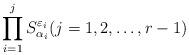
LaTeX: \begin{align*}\prod^{j}_{i=1} S^{\varepsilon_i}_{\alpha_i}(j=1,2,\ldots,r-1)\end{align*}